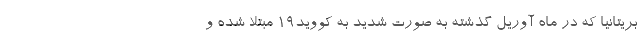
بریتانیا که در ماه آوریل گذشته به صورت شدید به کووید19 مبتلا شده و